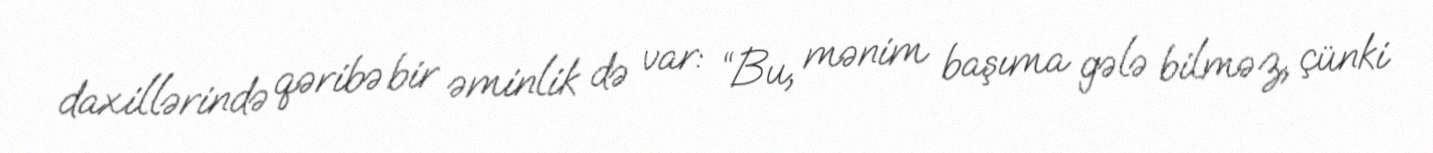
daxillərində qəribə bir əminlik də var: “Bu, mənim başıma gələ bilməz, çünki